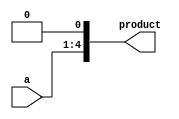
module muliply (a,product);
  	  	input [3:0] a;
  	  	output [4:0] product;
  	  	wire [4:0] product;
  	  	 
  	  	assign product  = a << 1;
  	  	 
endmodule